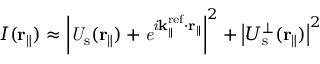
I ( { \bf r } _ { \parallel } ) \approx \left| \it U _ { \mathrm { s } } ( { \bf r } _ { \parallel } ) + e ^ { i { \bf k } _ { \parallel } ^ { \mathrm { r e f } } \cdot { \bf r } _ { \parallel } } \right| ^ { 2 } + \left| U _ { \mathrm { s } } ^ { \perp } ( { \bf r } _ { \parallel } ) \right| ^ { 2 }